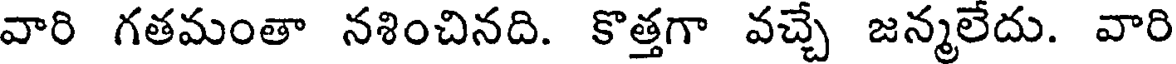
వారి గతమంతా నశించినది. కొత్తగా వచ్చే జన్మలేదు. వారి